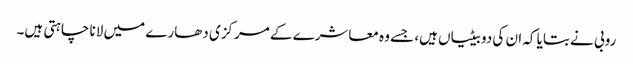
روبی نے بتایا کہ ان کی دو بیٹیاں ہیں، جسے وہ معاشرے کے مرکزی دھارے میں لانا چاہتی ہیں۔